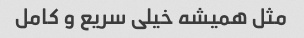
مثل همیشه خیلی سریع و کامل